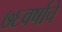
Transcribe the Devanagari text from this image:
७६वर्षाचे